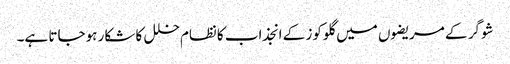
شوگر کے مریضوں میں گلوکوز کے انجذاب کانظام خلل کا شکار ہوجاتا ہے۔